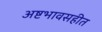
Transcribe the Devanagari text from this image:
अष्टभावसहीत